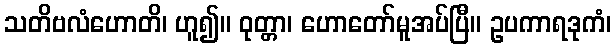
သတိဗလံဟောတိ၊ ဟူ၍။ ဝုတ္တာ၊ ဟောတော်မူအပ်ပြီ။ ဥပကာရဒုကံ၊